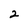
Character: 2